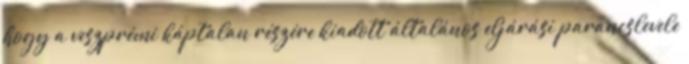
hogy a veszprémi káptalan részére kiadott általános eljárási parancslevele